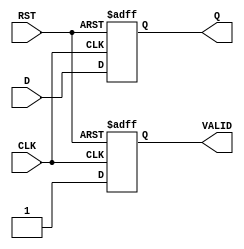
module output_register #(
    parameter DATA_WIDTH = 8  // Parameter to define the width of the data
)(
    input  wire [DATA_WIDTH-1:0] D,     // Data input
    input  wire CLK,                     // Clock signal
    input  wire RST,                     // Reset signal
    output reg  [DATA_WIDTH-1:0] Q,      // Data output
    output reg  VALID                    // Output valid signal
);

    // Synchronous reset and data capture on the rising edge of the clock
    always @(posedge CLK or posedge RST) begin
        if (RST) begin
            Q <= {DATA_WIDTH{1'b0}};   // Clear the register
            VALID <= 1'b0;            // Invalidate output
        end else begin
            Q <= D;                   // Capture input data
            VALID <= 1'b1;            // Set output valid
        end
    end

endmodule